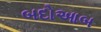
બદોઆબ